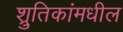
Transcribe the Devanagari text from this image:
श्रुतिकांमधील